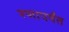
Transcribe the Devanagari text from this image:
रणापर्यंत